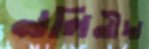
নলিনীদা